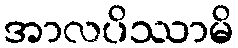
အာလပိဿာမိ